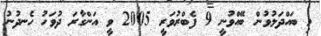
މި ބައްދަލުވުން ބޭއްވުނީ 9 ފެބްރުވަރީ 2005 ވީ އަންގާރަ ދުވަހު ހެނދުނު